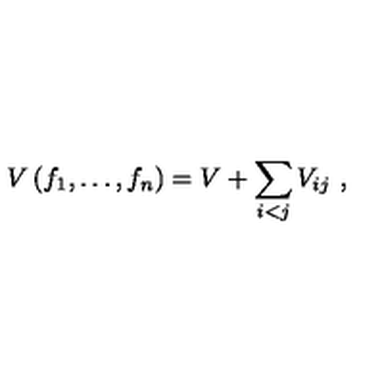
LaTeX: V \left( f _ { 1 } , \dots , f _ { n } \right) = V + \sum _ { i < j } V _ { i j } \ ,